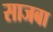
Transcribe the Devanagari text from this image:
साजबा